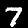
Digit: 7